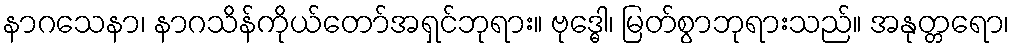
နာဂသေနာ၊ နာဂသိန်ကိုယ်တော်အရှင်ဘုရား။ ဗုဒ္ဓေါ၊ မြတ်စွာဘုရားသည်။ အနုတ္တရော၊